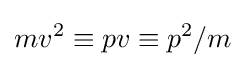
mv^{2}\equiv pv\equiv p^{2}/m